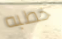
خطبه